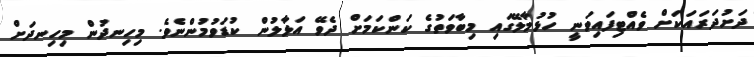
ދަށުދަރައަކަށް ވެއްޓިފައިވަނީ ހުޅުމާލޭގައި މިބާވަތުގެ ކަންކަމަށް ދެވޭ އަޅާލުން ކުޑަވުމުންނެވެ. މިހިނދުން މިހިނދަށް